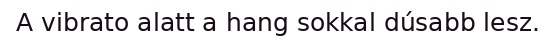
A vibrato alatt a hang sokkal dúsabb lesz.